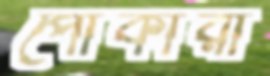
পোকারা